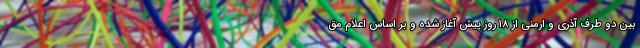
بین دو طرف آذری و ارمنی از ۱۸ روز پیش آغاز شده و بر اساس اعلام مق